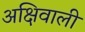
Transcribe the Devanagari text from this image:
अक्षिवाली